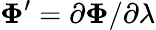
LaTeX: \mathbf{\Phi}^{\prime}=\partial\mathbf{\Phi}/\partial\lambda